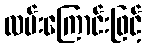
လမ်းကြောင်းဖြင့်